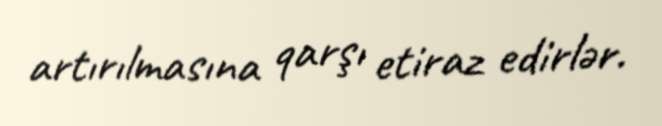
artırılmasına qarşı etiraz edirlər.